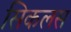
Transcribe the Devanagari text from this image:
सिकलस